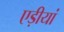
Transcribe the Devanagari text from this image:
एड़ीयां